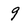
Character: 9